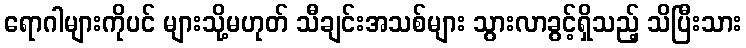
ရောဂါများကိုပင် များသို့မဟုတ် သီချင်းအသစ်များ သွားလာခွင့်ရှိသည့် သိပြီးသား